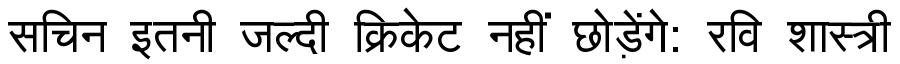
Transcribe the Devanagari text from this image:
सचिन इतनी जल्दी क्रिकेट नहीं छोड़ेंगे: रवि शास्त्री